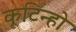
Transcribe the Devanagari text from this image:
कूटिन्हो